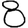
Digit: 8